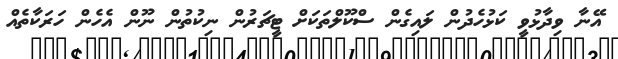
އޭނާ ވިދާޅުވީ ކަޅުހެދުން ލައިގެން ސްކޫލްތަކަށް ޓީޗަރުން ނިކުތުން ނޫން އެހެން ހަރަކާތެއް